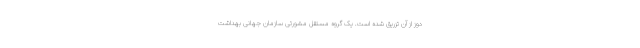
دوز از آن تزریق شده است. یک گروه مستقل مشورتی سازمان جهانی بهداشت